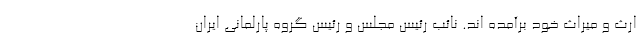
ارث و میراث خود برآمده اند. نائب رئیس مجلس و رئیس گروه پارلمانی ایران